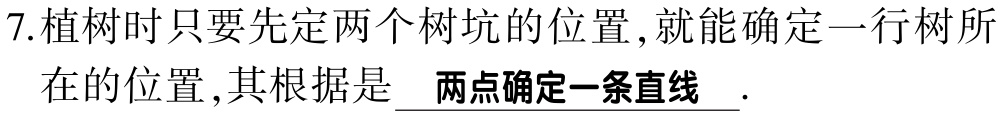
7.植树时只要先定两个树坑的位置,就能确定一行树所
在的位置,其根据是 \underline{两点确定一条直线 }.